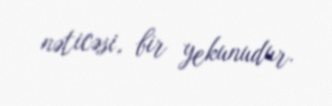
nəticəsi, bir yekunudur.